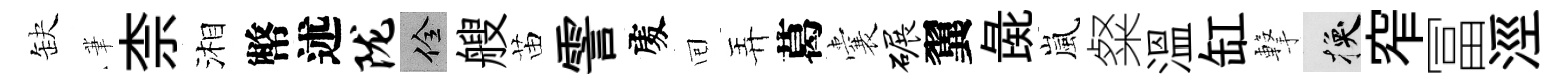
缺茟柰湘幣述陇佺艘苗霅𠁅囘弄葛囊碾翼彘嵐粲溫缸撃换窄冨涇